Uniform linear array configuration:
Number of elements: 32
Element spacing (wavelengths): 1
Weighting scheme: exponential
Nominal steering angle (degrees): -15
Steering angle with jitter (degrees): -13.702
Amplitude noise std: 0.05
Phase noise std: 0.05

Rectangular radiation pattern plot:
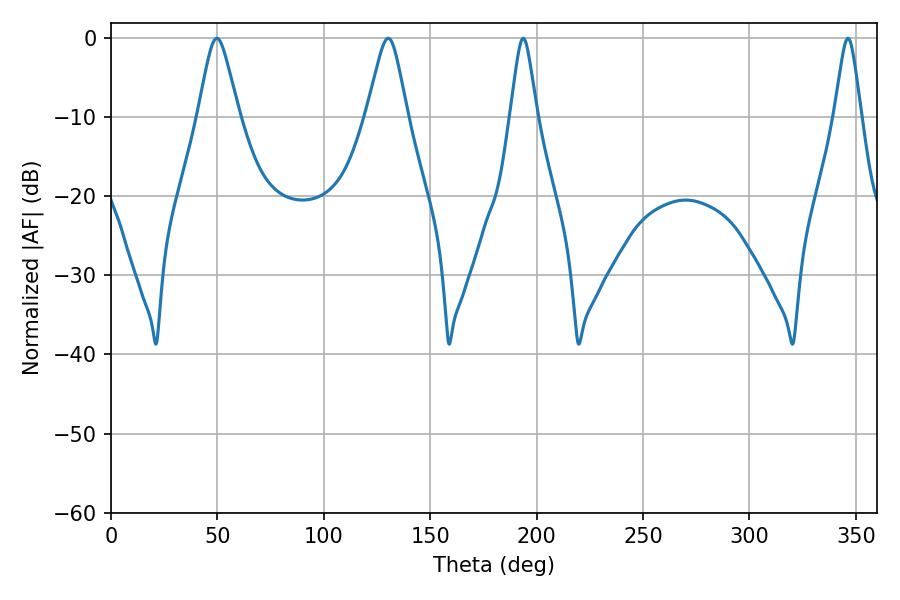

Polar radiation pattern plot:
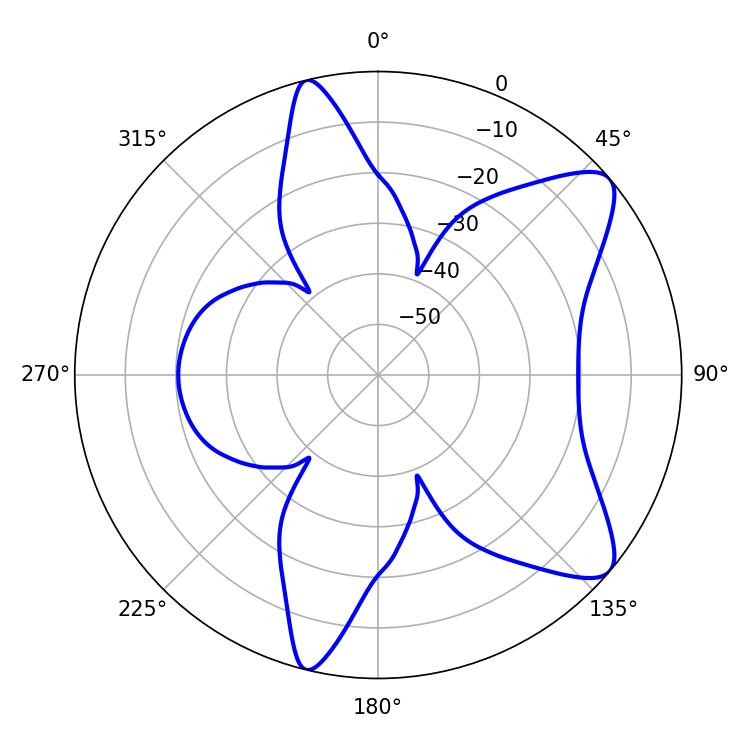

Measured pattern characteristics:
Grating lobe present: TRUE
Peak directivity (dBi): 9.245
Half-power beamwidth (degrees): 5.94
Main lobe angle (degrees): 193.68